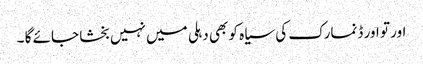
اور تو اور ڈنمارک کی سیاہ کو بھی دہلی میں نہیں بخشا جائے گا ۔